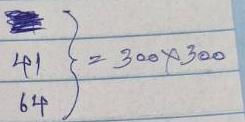
41 = 300 x 300
64 = 300 x 300